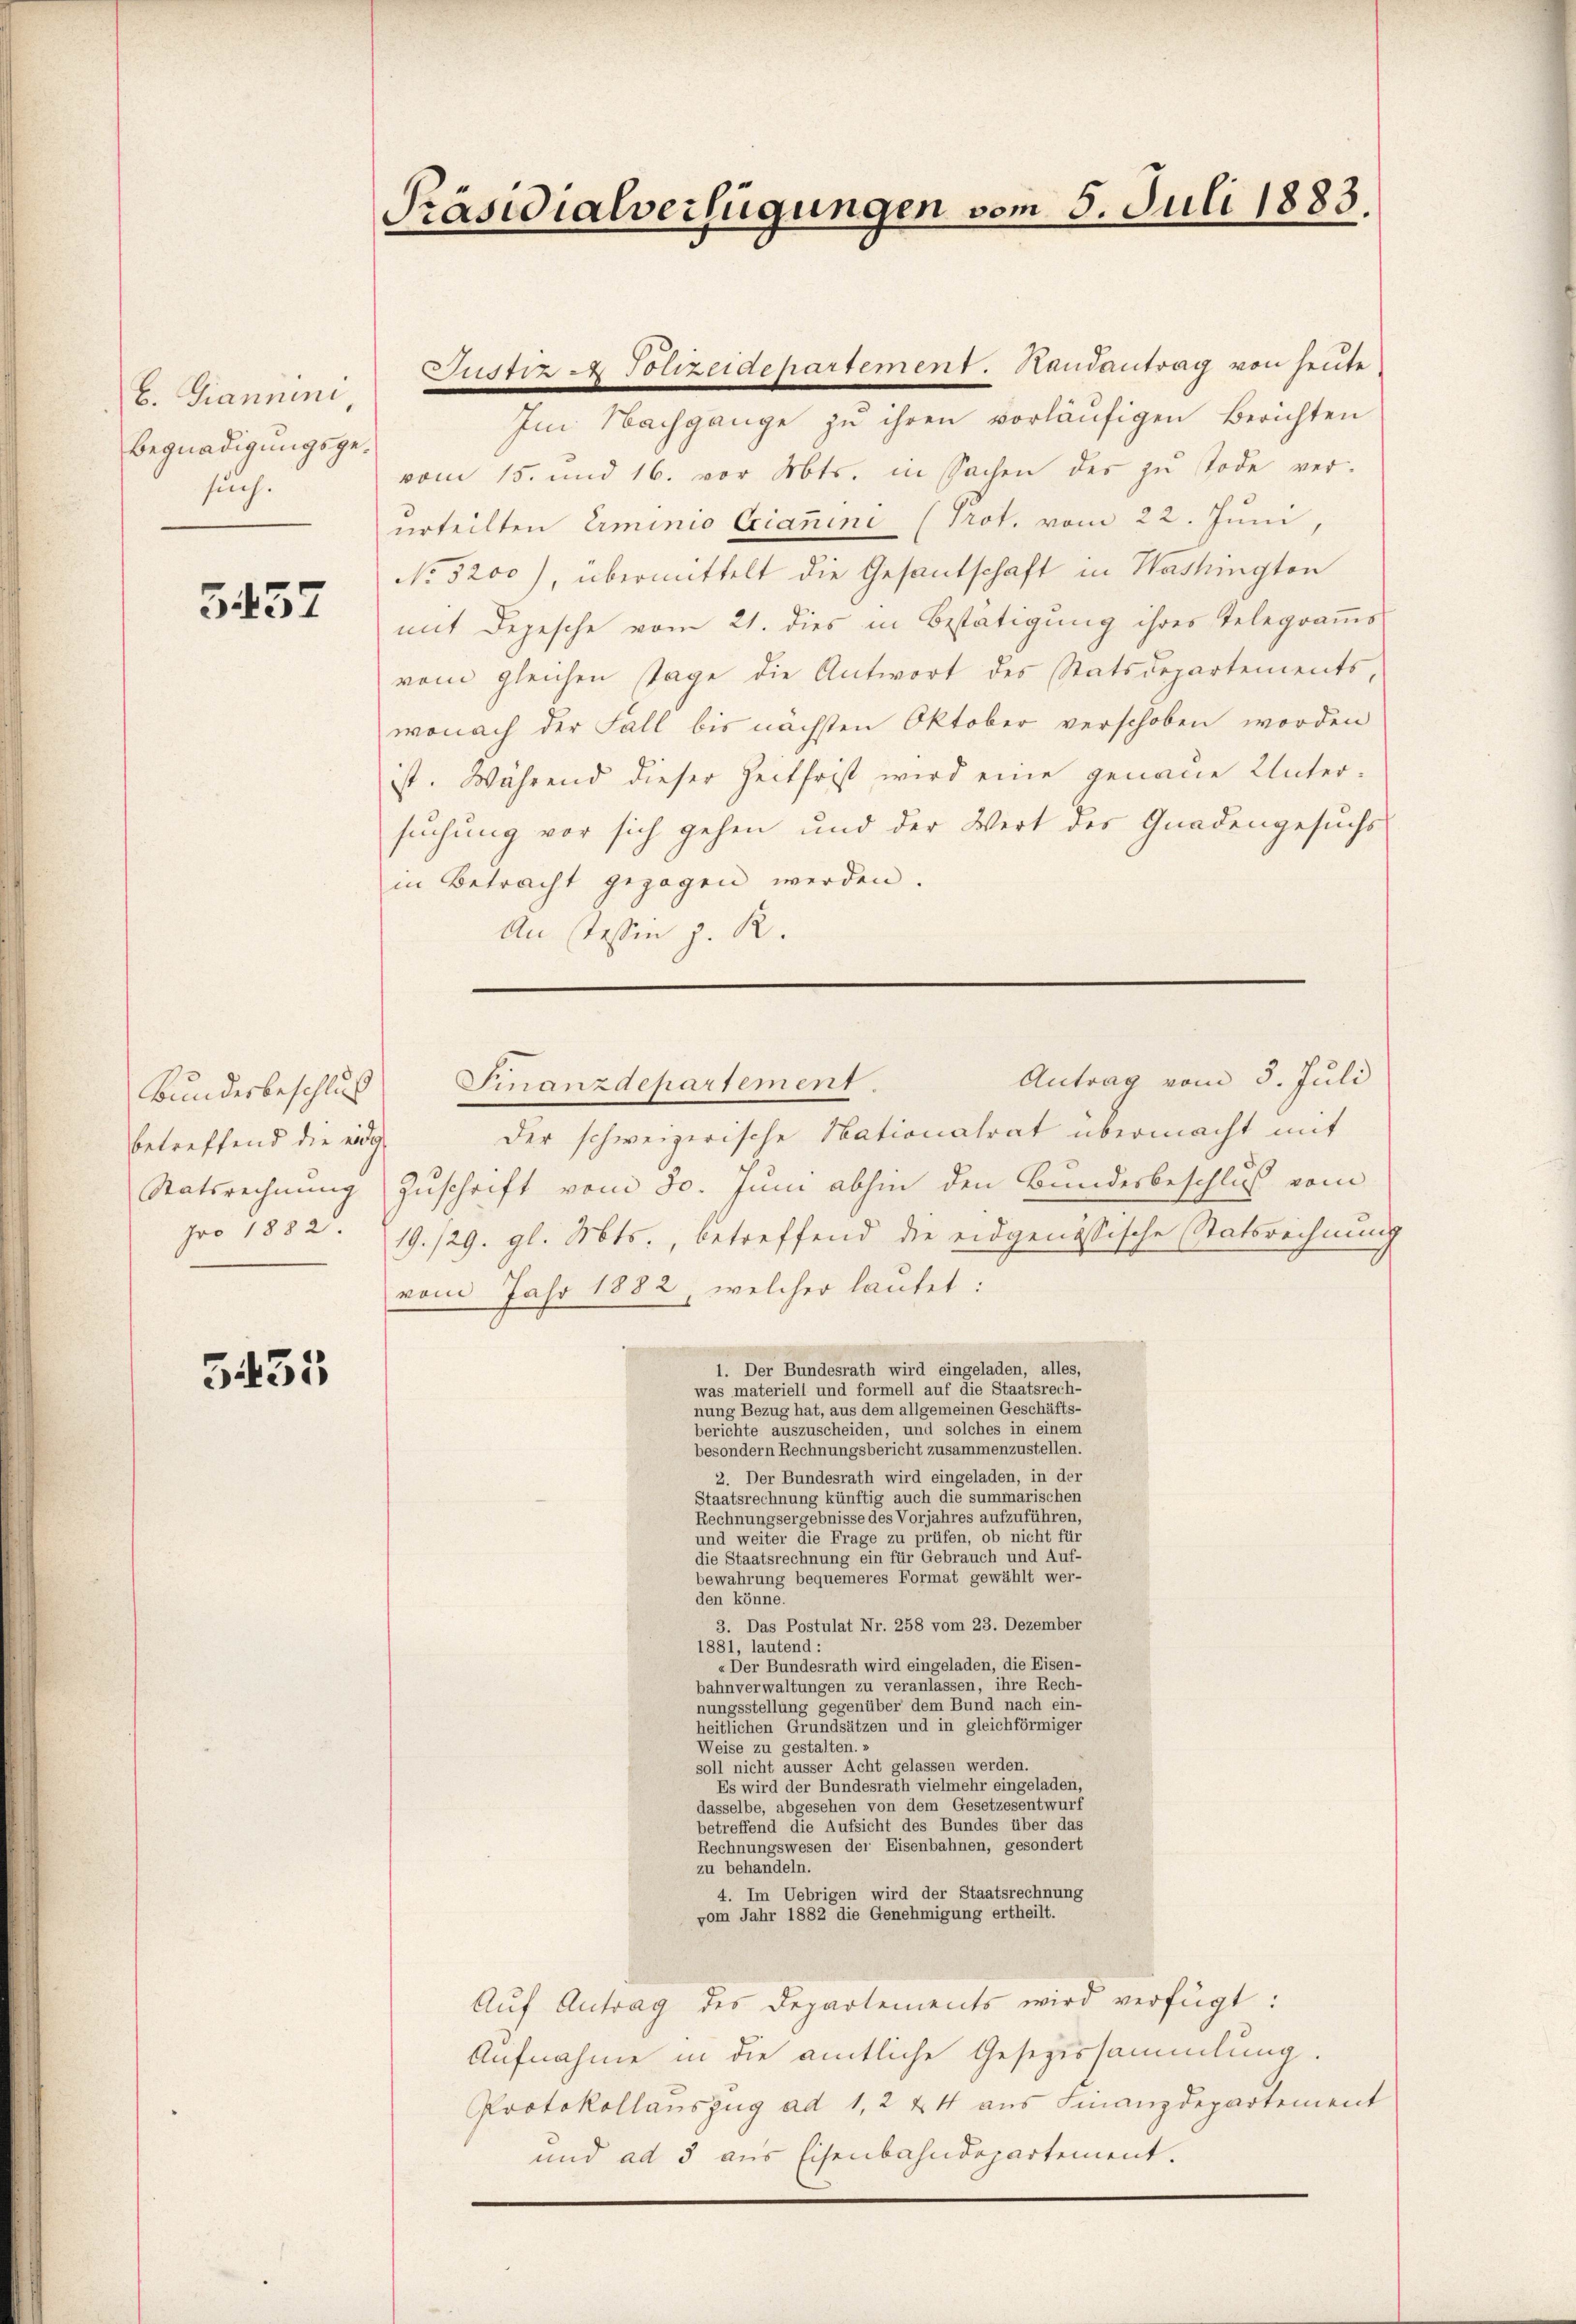
b. Giannini,
Begnadigungsgesuch.

557

Bundesbeschlus
betreffend die eide

5431

Präsidialverfügungen vom 5. Juli 1883.

Justiz - Polizeidepartement. Handantrag von heute
Im Nachgange zu ihren vorläufigen Berichten
vom 15. und 16. vor Mts. in Sachen des zu Tode ver-
urteilten Erminio Erianini (Prot. vom 22. Juni,
No 5200), übermittelt die Gesantschaft in Washington
mit Depesche vom 21. dies in Bestätigung ihres Telegramms
vom gleichen stage die Antwort des Statsdepartements,
wonach der Fall bis nächsten Oktober verschoben worden
ist. Während dieser Zeitfrist wird eine genaue Unter-
suchung vor sich gehen und der Wert des Gnadengesuchs
in Betracht gezogen werden.
An Tessin z. R.

Antrag vom 3. Juli
Finanzdepartement.

Der schweizerische Nationalrat übermacht mit
Statsrechnung Zuschrift vom 30. Juni abhin den Bundesbeschluß vom
pro 1882. 19./29. gl. Mts., betreffend die eidgenössische Statsrechnung
vom Jahr 1882, welcher lautet:
1. Der Bundesrath wird eingeladen, alles,
was materiell und formell auf die Staatsrech-
nung Bezug hat, aus dem allgemeinen Geschäfts-

besondern Rechnungsbericht zusammenzustellen.
2. Der Bundesrath wird eingeladen, in der
Staatsrechnung künftig auch die summarischen
Rechnungsergebnisse des Vorjahres aufzuführen,
e                              allen, ob nicht aus
die Staatsrechnung ein für Gebrauch und Auf-
bewahrung bequemeres Format gewählt wer-
den könne.
3. Das Postulat Nr. 258 vom 23. Dezember
1881, lautend:
Der Bundesrath wird eingeladen, die Eisen-
bahnverwaltungen einen zu veranlasse eine eine einer einen e
augestellungen gegen aber dem Bund eine alte eine
dee eine einen einen eine einen einen und in gleichförmiger

soll nicht äusser Acht gelassen werden.
Es wird der Bundesrath vielmehr eingeladen,
dasselbe, abgesehen von dem Gesetzesentwurf
betreffend die Aufsicht des Bundes über das
Rechnungswesen der Eisenbahnen, gesondert
zu behandeln.
4. Im Uebrigen wird der Staatsrechnung
vom Jahr 1882 die Genehmigung ertheilt.
Aŭf Antrag des Departements wird verfügt:
Aufnahme in die amtliche Gesezessammlung.
Protokollauszug ad 1, 2 & 4 aus Finanzdepartement
und ad 5 aus Eisenbahndepartement.